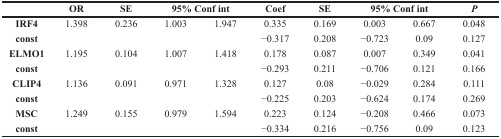
<table><thead><tr><td></td><td><b>OR</b></td><td><b>SE</b></td><td colspan="2"><b>95% Conf int</b></td><td><b>Coef</b></td><td><b>SE</b></td><td colspan="2"><b>95% Conf int</b></td><td><b><i>P</i></b></td></tr></thead><tbody><tr><td> <b>IRF4</b></td><td>1.398</td><td>0.236</td><td>1.003</td><td>1.947</td><td>0.335</td><td>0.169</td><td>0.003</td><td>0.667</td><td>0.048</td></tr><tr><td> <b>const</b></td><td></td><td></td><td></td><td></td><td>−0.317</td><td>0.208</td><td>−0.723</td><td>0.09</td><td>0.127</td></tr><tr><td><b>ELMO1</b></td><td>1.195</td><td>0.104</td><td>1.007</td><td>1.418</td><td>0.178</td><td>0.087</td><td>0.007</td><td>0.349</td><td>0.041</td></tr><tr><td> <b>const</b></td><td></td><td></td><td></td><td></td><td>−0.293</td><td>0.211</td><td>−0.706</td><td>0.121</td><td>0.166</td></tr><tr><td><b>CLIP4</b></td><td>1.136</td><td>0.091</td><td>0.971</td><td>1.328</td><td>0.127</td><td>0.08</td><td>−0.029</td><td>0.284</td><td>0.111</td></tr><tr><td> <b>const</b></td><td></td><td></td><td></td><td></td><td>−0.225</td><td>0.203</td><td>−0.624</td><td>0.174</td><td>0.269</td></tr><tr><td> <b>MSC</b></td><td>1.249</td><td>0.155</td><td>0.979</td><td>1.594</td><td>0.223</td><td>0.124</td><td>−0.208</td><td>0.466</td><td>0.073</td></tr><tr><td> <b>const</b></td><td></td><td></td><td></td><td></td><td>−0.334</td><td>0.216</td><td>−0.756</td><td>0.09</td><td>0.123</td></tr></tbody></table>